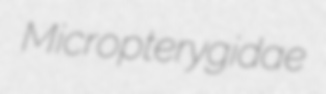
Micropterygidae